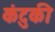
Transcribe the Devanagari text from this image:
कंटुकी